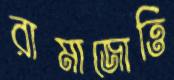
রামাজোত্তি